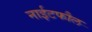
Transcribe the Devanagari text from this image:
नाईटफौल